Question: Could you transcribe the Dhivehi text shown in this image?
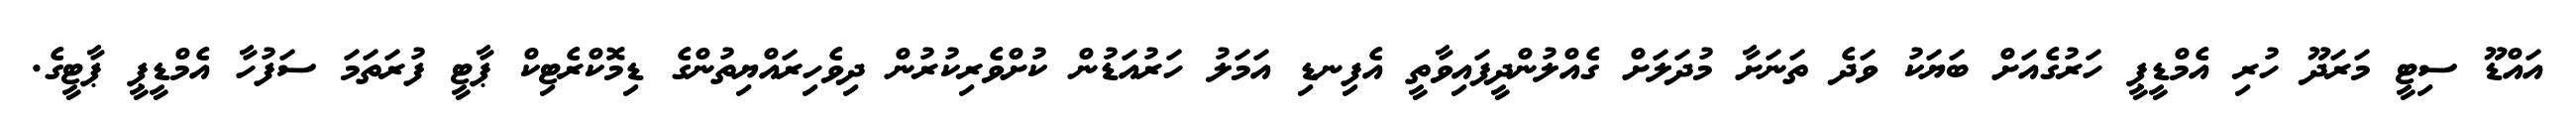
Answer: އައްޑޫ ސިޓީ މަރަދޫ ހުރި އެމްޑީޕީ ހަރުގެއަށް ބަޔަކު ވަދެ ތަނަށާ މުދަލަށް ގެއްލުންދީފައިވާތީ އެފިނޑި އަމަލު ހަރުއަޑުން ކުށްވެރިކުރުން ދިވެހިރައްޔިތުންގެ ޑިމޮކްރެޓިކް ޕާޓީ ފުރަތަމަ ސަފުހާ އެމްޑީޕީ ޕާޓީގެ.